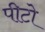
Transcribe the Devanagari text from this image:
पीटो